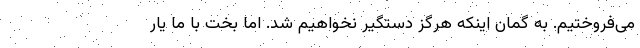
می‌فروختیم. به گمان اینکه هرگز دستگیر نخواهیم شد. اما بخت با ما یار